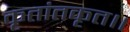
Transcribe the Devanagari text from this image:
कृतांतकृत।।